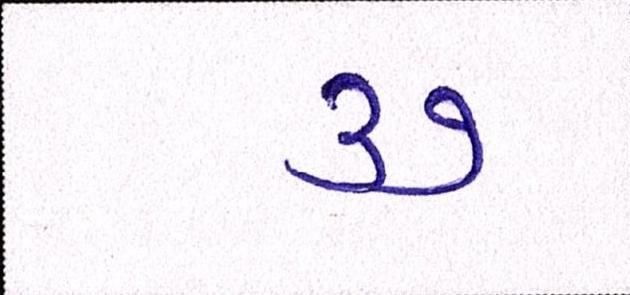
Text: ૩૭